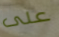
على